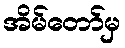
အိမ်တော်မှ